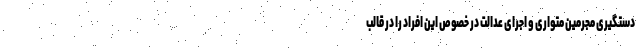
دستگیری مجرمین متواری و اجرای عدالت در خصوص این افراد را در قالب